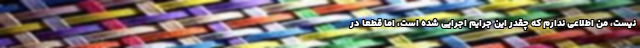
نیست، من اطلاعی ندارم که چقدر این جرایم اجرایی شده است، اما قطعا در